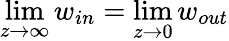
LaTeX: \operatorname*{lim}_{z\to\infty}w_{in}=\operatorname*{lim}_{z\to 0}w_{out}